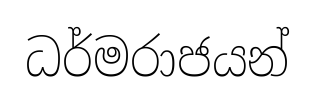
ධර්මරාජයන්